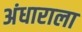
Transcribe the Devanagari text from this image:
अंधाराला